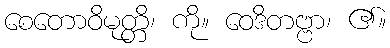
စေတောဝိမုတ္တိ၊ ကို။ ဝေဒိတဗ္ဗာ၊ ၏။